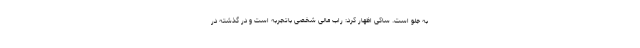
به جلو است. ساکی اظهار کرد: راب مالی شخصی باتجربه است و در گذشته در